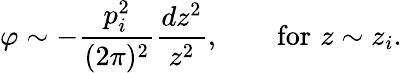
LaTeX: \varphi\sim-{\frac{p_{i}^{2}}{(2\pi)^{2}}}{\frac{dz^{2}}{z^{2}}},\quad\quad\mathrm{for}\, \, z\sim z_{i}.